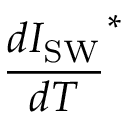
\frac { d I _ { \mathrm { S W } } } { d T } ^ { \ast }